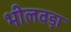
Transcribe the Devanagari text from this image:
भीलवड़ा